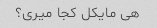
هی مایکل کجا میری؟